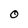
Character: O